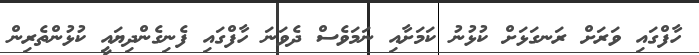
ހާފްގައި ވަރަށް ރަނގަޅަށް ކުޅުނު ކަމަށާއި ނަމަވެސް ދެވަނަ ހާފްގައި ފެނިގެންދިޔައީ ކުޅުންތެރިން